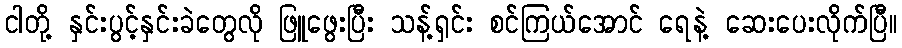
ငါတို့ နှင်းပွင့်နှင်းခဲတွေလို ဖြူဖွေးပြီး သန့်ရှင်း စင်ကြယ်အောင် ရေနဲ့ ဆေးပေးလိုက်ပြီ။